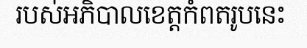
របស់អភិបាលខេត្តកំពតរូបនេះ